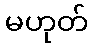
မဟုတ်